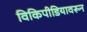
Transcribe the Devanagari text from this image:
विकिपीडियावरून